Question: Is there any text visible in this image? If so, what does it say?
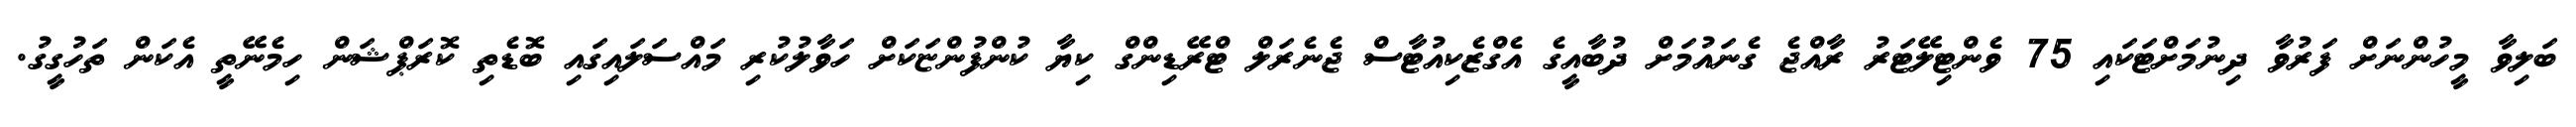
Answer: ބަލިވާ މީހުންނަށް ފަރުވާ ދިނުމަށްޓަކައި 75 ވެންޓިލޭޓަރު ރާއްޖެ ގެނައުމަށް ދުބާއީގެ އެގްޒެކިއުޓާސް ޖެނެރަލް ޓްރޭޑިންގް ކިޔާ ކުންފުންޏަކަށް ހަވާލުކުރި މައްސަލައިގައި ބޮޑެތި ކޮރަޕްޝަން ހިމެނޭތީ އެކަން ތަހުގީގު.